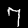
Digit: 7